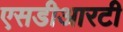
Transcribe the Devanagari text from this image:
एसडीआरटी